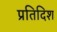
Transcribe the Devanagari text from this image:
प्रतिदिश